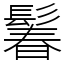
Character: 鬊